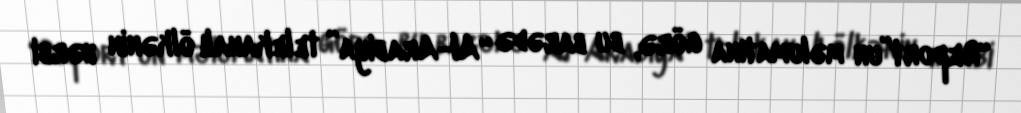
“Report”un məlumatına görə, bu barədə “Al-Arabiya” telekanalı ölkənin hərbi